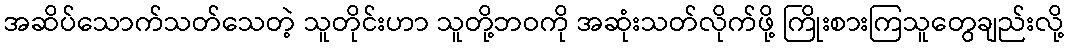
အဆိပ်သောက်သတ်သေတဲ့ သူတိုင်းဟာ သူတို့ဘဝကို အဆုံးသတ်လိုက်ဖို့ ကြိုးစားကြသူတွေချည်းလို့